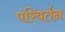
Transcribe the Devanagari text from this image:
परिवर्तन